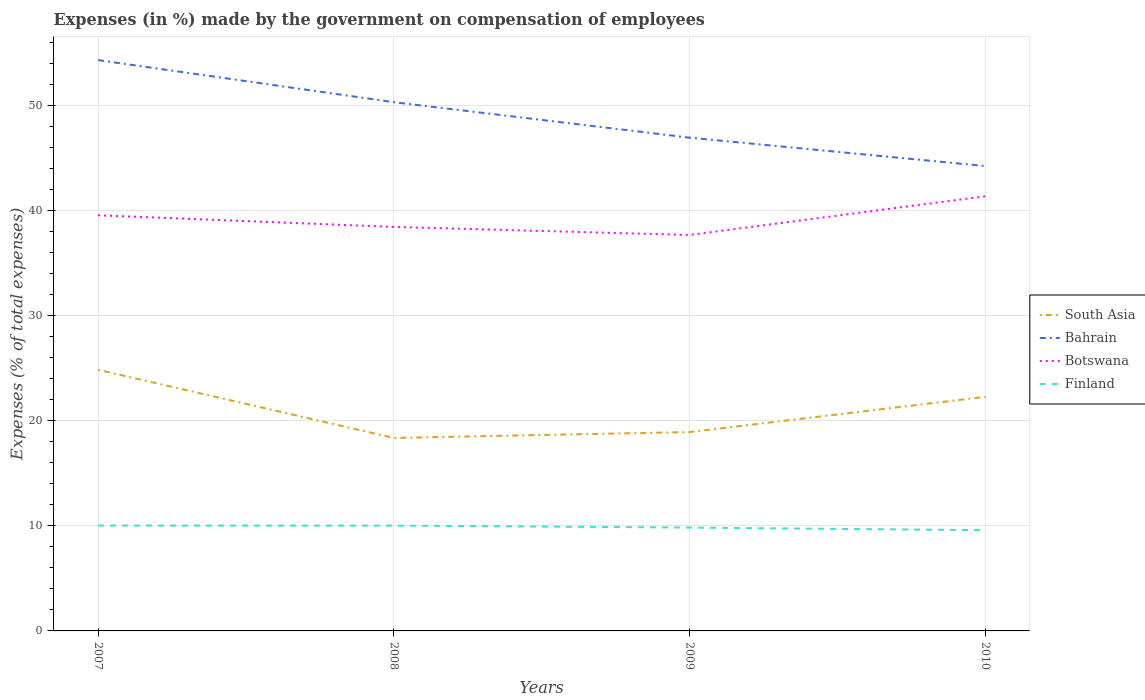
| Years | South Asia | Bahrain | Botswana | Finland |
 | --- | --- | --- | --- | --- |
 | 2007 | 24.8 | 54.3 | 39.5 | 10 |
 | 2008 | 18.4 | 50.3 | 38.4 | 10 |
 | 2009 | 18.9 | 46.9 | 37.7 | 9.83 |
 | 2010 | 22.3 | 44.2 | 41.4 | 9.58 |